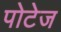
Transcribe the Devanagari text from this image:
पोटेज